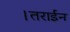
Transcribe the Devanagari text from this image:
।तराईन